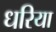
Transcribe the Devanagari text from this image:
धरिया